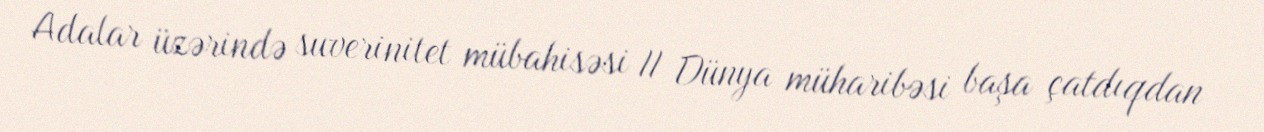
Adalar üzərində suverinitet mübahisəsi II Dünya müharibəsi başa çatdıqdan